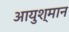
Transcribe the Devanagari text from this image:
आयुश्मान